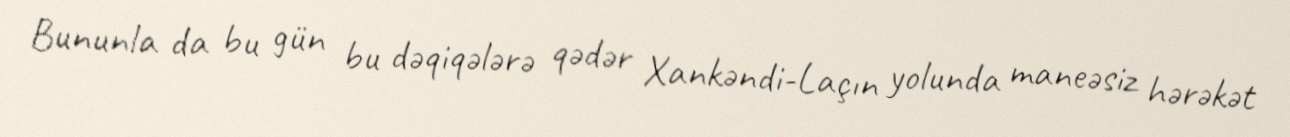
Bununla da bu gün bu dəqiqələrə qədər Xankəndi-Laçın yolunda maneəsiz hərəkət